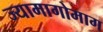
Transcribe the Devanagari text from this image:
ज्यामागोमाग